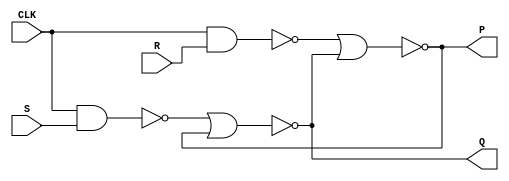
`timescale 1ns / 1ps

module GATED_SR_LATCH(output Q,P,input S,R,CLK);	//Declaring GATED SR LATCH Module where Q,P as OUTPUT and S,R,CLK as INPUT.

wire nand1,nand2,nor1,nor2;

assign nor1 = Q;		//Connecting output port Q with wire nor1.
assign nor2 = P;		//Connecting output port P with wire nor2.

nand F1(nand1,CLK,S);		//Using inbuilt 'nand' gate.

nand F2(nand2,CLK,R);		//Using inbuilt 'nand' gate.

nor F3(Q,nand1,nor2);		//Using inbuilt 'nor' gate.

nor F4(P,nand2,nor1);		//Using inbuilt 'nor' gate.

endmodule